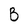
Character: B